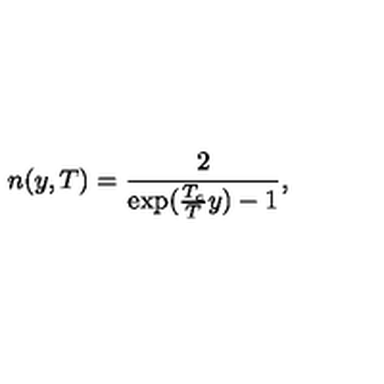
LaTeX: n ( y , T ) = \frac { 2 } { \exp ( \frac { T _ { c } } { T } y ) - 1 } ,